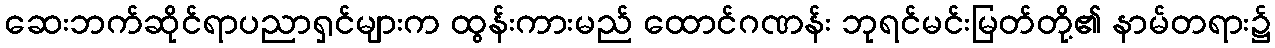
ဆေးဘက်ဆိုင်ရာပညာရှင်များက ထွန်းကားမည် ထောင်ဂဏန်း ဘုရင်မင်းမြတ်တို့၏ နာမ်တရား၌